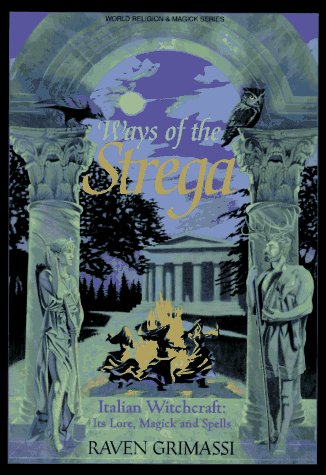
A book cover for Ways of the Strega: Italian Witchcraft: Its Legends, Lore, & Spells (Llewellyn's World Religion & Magick Series); Raven Grimassi; Religion & Spirituality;